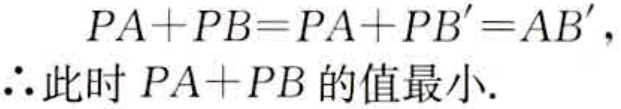
\[
\begin{align*}
PA + PB&=PA + PB'=AB',\\
\therefore\text{此时 }PA + PB\text{ 的值最小}.
\end{align*}
\]